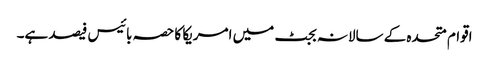
اقوام متحدہ کے سالانہ بجٹ میں امریکا کا حصہ بائیس فیصد ہے۔